Trukikaitis_Postimees, lk 58
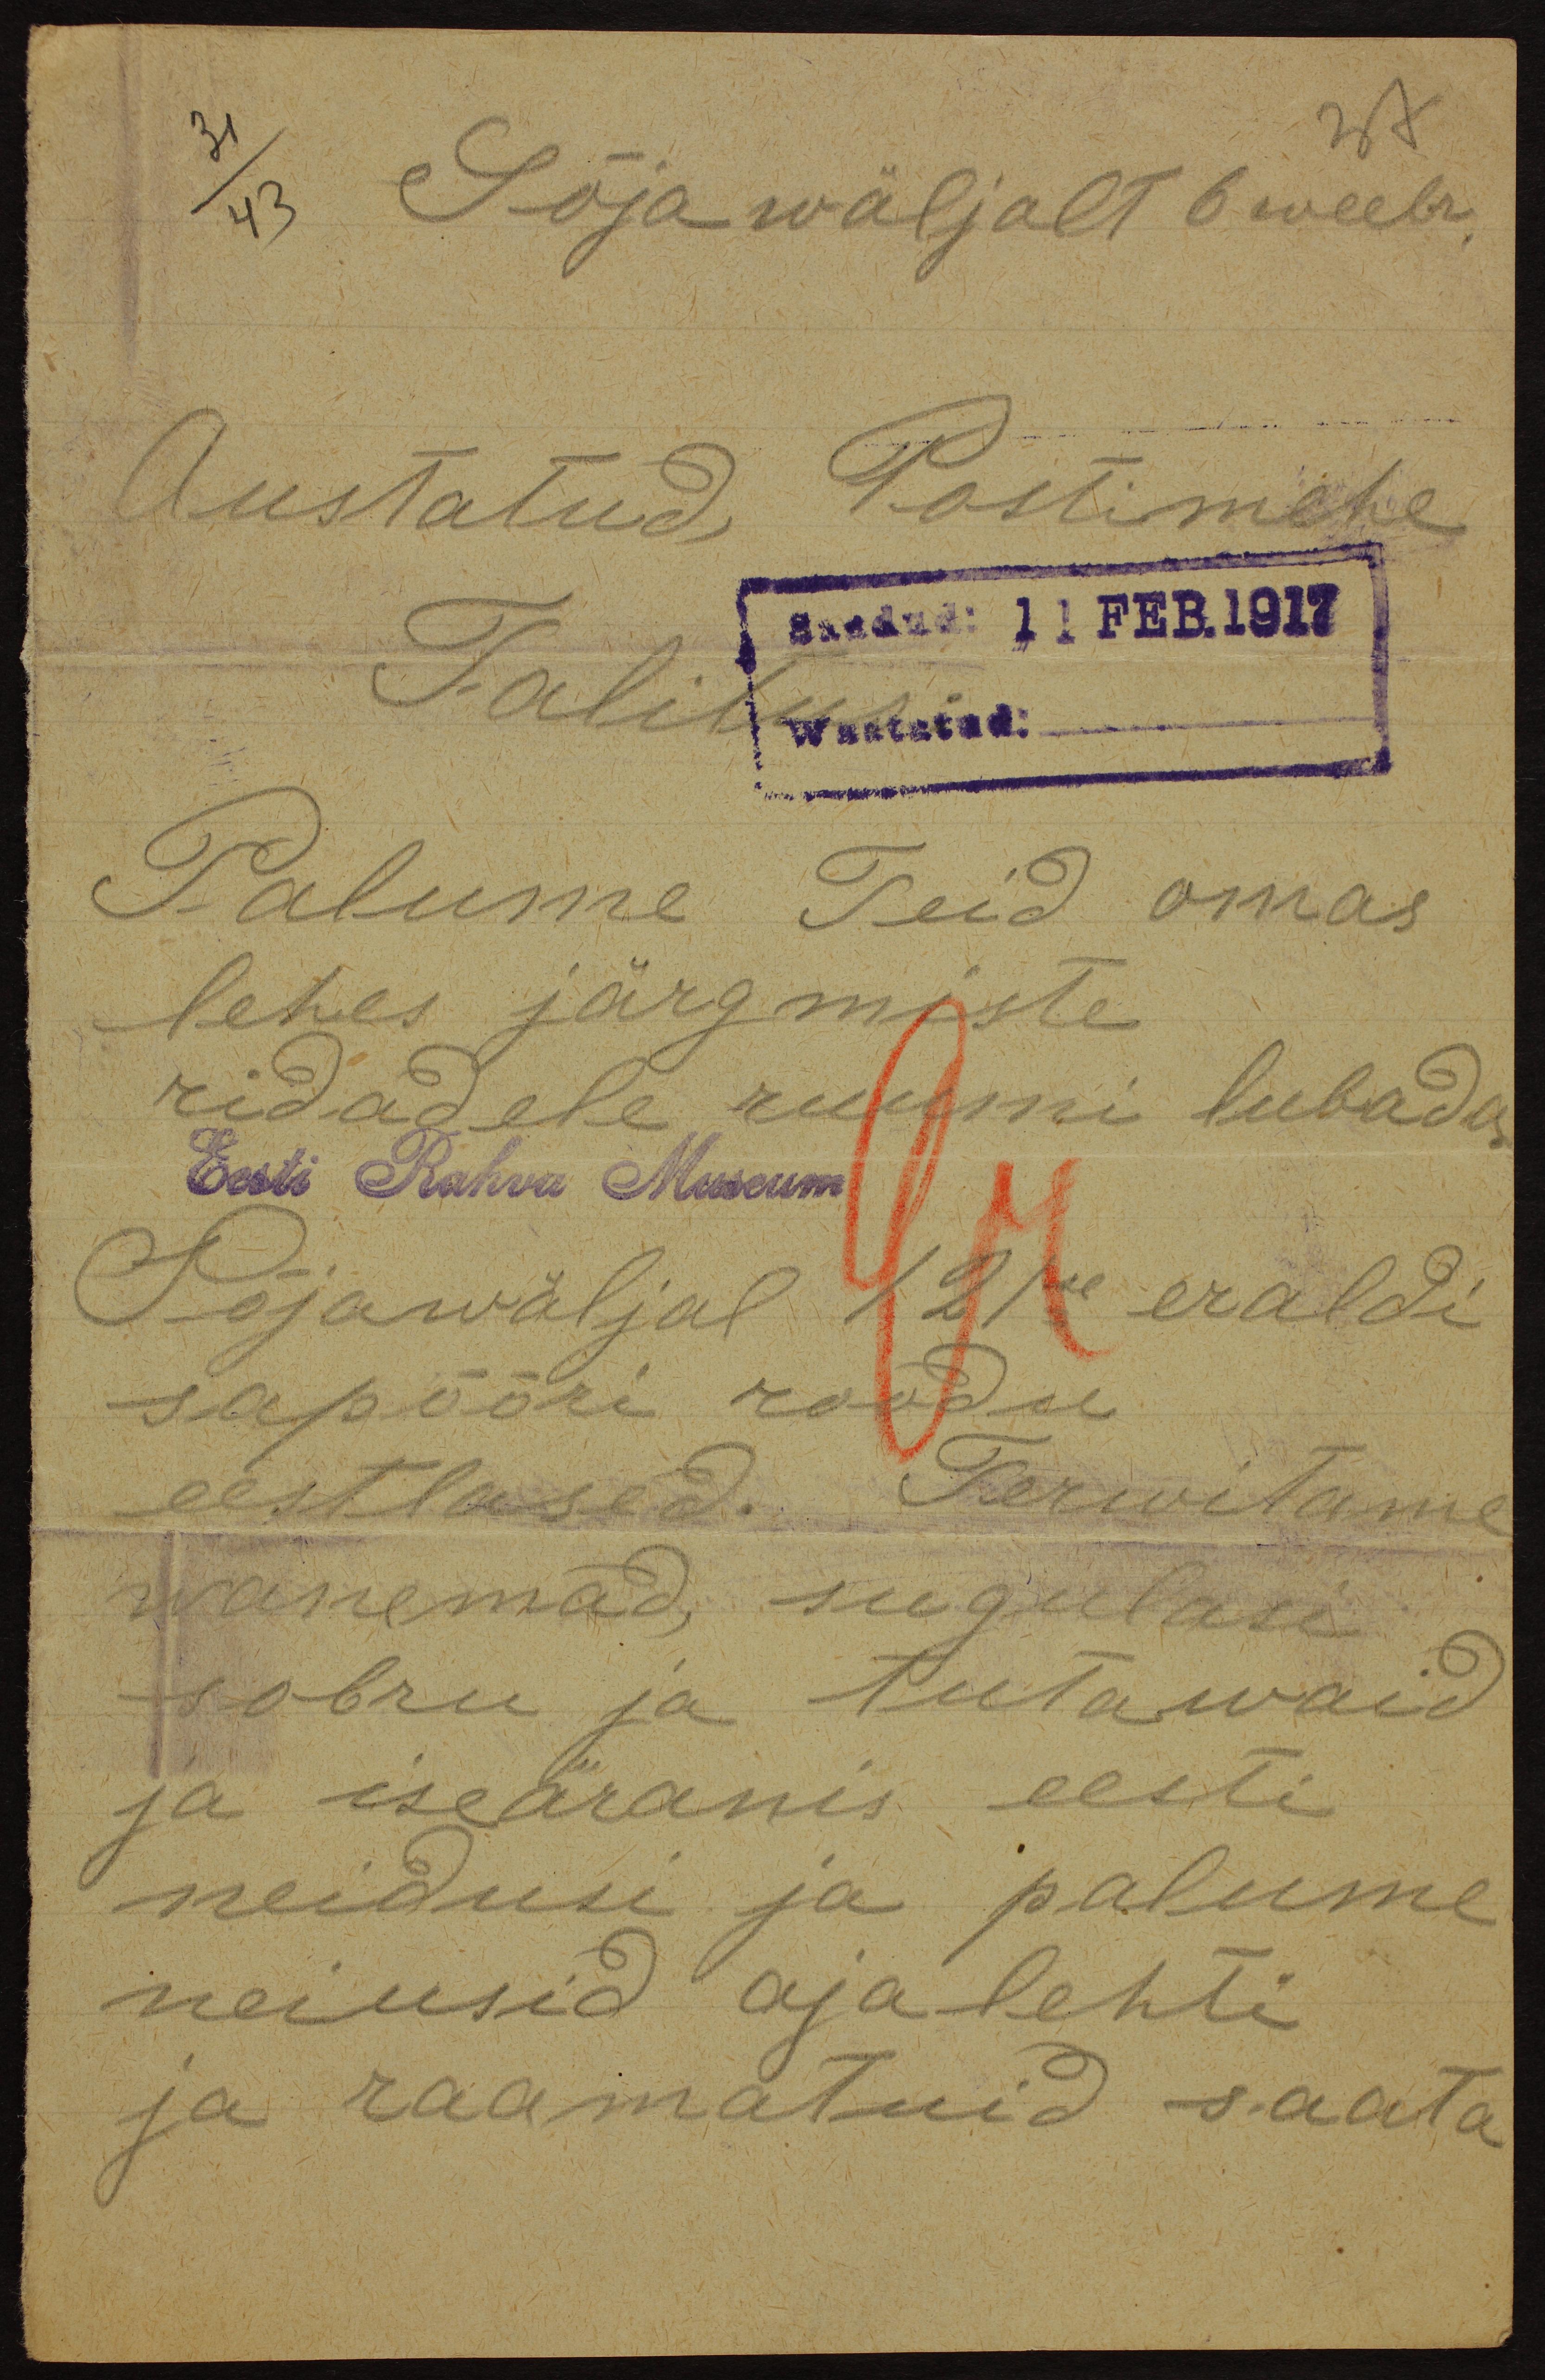
Sõja wäljalt 6 weebr.
Austatud Postimehe
Talitus saadud  11 FER. 1917
Palume Teid omas
lehes järgmiste
ridadele ruumi lubada
Eesti Rahva Museum
Sõjawäljal 12ne eraldi
sapööri roodu
eestlased. Terwitame
wanemad, sugulasi
sobru ja tutawaid
ja iseäranis eesti.
neidusi ja palume
neiusid ajalehti
ja raamatuid saata